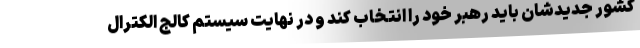
کشور جدیدشان باید رهبر خود را انتخاب کند و در نهایت سیستم کالج الکترال